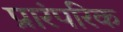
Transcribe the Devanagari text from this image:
प्रारंपरिक